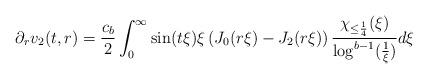
LaTeX: \begin{align*} \partial_{r}v_{2}(t,r) = \frac{c_{b}}{2} \int_{0}^{\infty} \sin(t \xi) \xi \left(J_{0}(r \xi)-J_{2}(r \xi)\right) \frac{\chi_{\leq \frac{1}{4}}(\xi)}{\log^{b-1}(\frac{1}{\xi})} d\xi\end{align*}